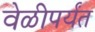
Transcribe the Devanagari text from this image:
वेळीपर्यंत